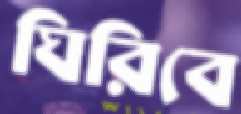
ঘিরিবে